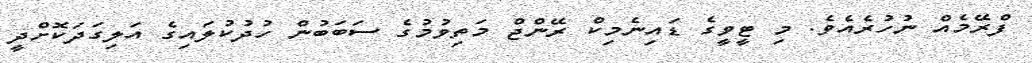
ފްރޭމެއް ނުހުރެއެވެ. މި ޓީވީގެ ޑައިނެމިކް ރޭންޖް މަތިވުމުގެ ސަބަބުން ހުދުކުލައިގެ އަލިގަދަކޮށްދީ